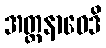
အတ္တနာဝေဒိ